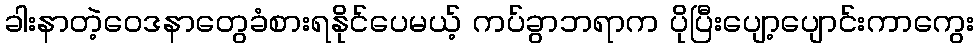
ခါးနာတဲ့ဝေဒနာတွေခံစားရနိုင်ပေမယ့် ကပ်ခွာဘရာက ပိုပြီးပျော့ပျောင်းကာကွေး